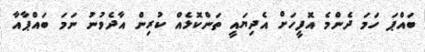
ބައްޕަ ހަމަ ދެންމެ އޮފީހަށް އެދިޔައީ ތަންކޮޅެއް ކުރިން އާދެވުނު ނަމަ ބައްޕާއާ